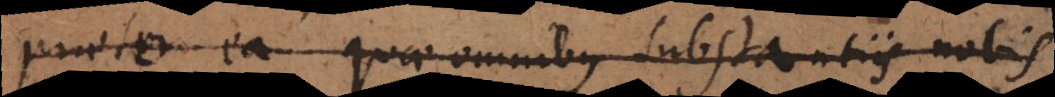
praeter ea quae omnibus substantiis nobis.